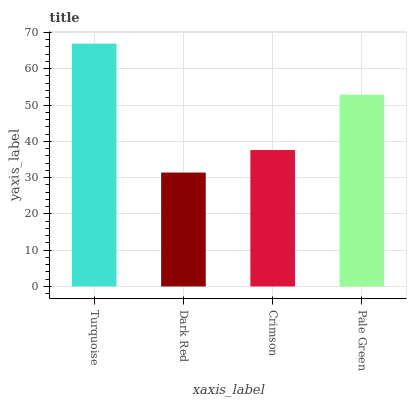
| xaxis_label | bars |
 | --- | --- |
 | Turquoise | 66.9 |
 | Dark Red | 31.4 |
 | Crimson | 37.6 |
 | Pale Green | 52.8 |